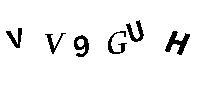
VV9GUH